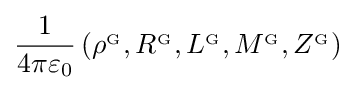
{\frac {1}{4\pi \varepsilon _{0}}}\left(\rho ^{_{\mathrm {G} }},R^{_{\mathrm {G} }},L^{_{\mathrm {G} }},M^{_{\mathrm {G} }},Z^{_{\mathrm {G} }}\right)